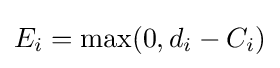
E_{i}=\max(0,d_{i}-C_{i})